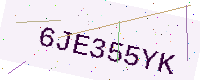
Text: 6JE355YK